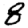
Digit: 8